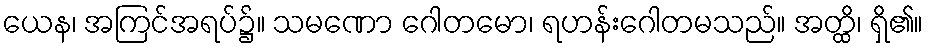
ယေန၊ အကြင်အရပ်၌။ သမဏော ဂေါတမော၊ ရဟန်းဂေါတမသည်။ အတ္ထိ၊ ရှိ၏။